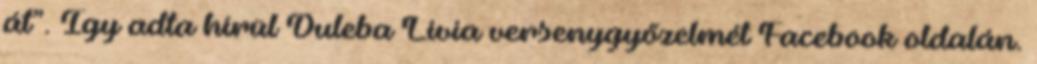
át”. Így adta hírül Duleba Lívia versenygyőzelmét Facebook oldalán.